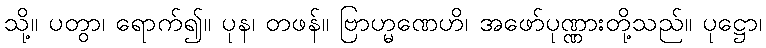
သို့။ ပတွာ၊ ရောက်၍။ ပုန၊ တဖန်။ ဗြာဟ္မဏေဟိ၊ အဖော်ပုဏ္ဏားတို့သည်။ ပုဋ္ဌော၊